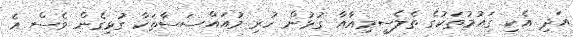
އަދި އެކި ގައުމުތަކުގެ ތެލެސީމިއާއާ ގުޅުން ހުރި މުއައްސަސާތަކާ ގުޅިގެން ވެސް އެ